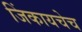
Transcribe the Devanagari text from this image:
जिंकायचेच